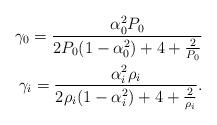
LaTeX: \begin{align*}\gamma_0=\frac{\alpha_0^2 P_0}{2P_0(1-\alpha_0^2)+4+\frac{2}{P_0}}\\\gamma_i=\frac{\alpha_i^2 \rho_i}{2\rho_i(1-\alpha_i^2)+4+\frac{2}{\rho_i}}.\end{align*}